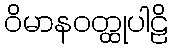
ဝိမာနဝတ္ထုပါဠိ